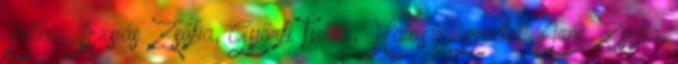
Letícia, Ézsiás Zsófia, Győrfi Tünde, Halász Benedek, Jene Zsófia,